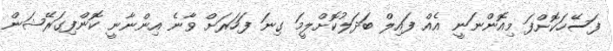
ފަސޭހަކޮށްފަ މިއޮންނަނީ އެއް ފައިލް ބަދަލުކޮށްލީމަ ގިނަ ފަހަރަށް ވާނެ އިންނާނީ ކޮންފިގަރޭޝަން